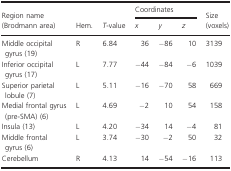
<table><thead><tr><td rowspan="2"><b>Region name (Brodmann area)</b></td><td rowspan="2"><b>Hem.</b></td><td rowspan="2"><b><i>T</i>‐value</b></td><td colspan="3"><b>Coordinates</b></td><td rowspan="2"><b>Size (voxels)</b></td></tr><tr><td><b><i>x</i></b></td><td><b><i>y</i></b></td><td><b><i>z</i></b></td></tr></thead><tbody><tr><td>Middle occipital gyrus (19)</td><td>R</td><td>6.84</td><td>36</td><td>−86</td><td>10</td><td>3139</td></tr><tr><td>Inferior occipital gyrus (17)</td><td>L</td><td>7.77</td><td>−44</td><td>−84</td><td>−6</td><td>1039</td></tr><tr><td>Superior parietal lobule (7)</td><td>L</td><td>5.11</td><td>−16</td><td>−70</td><td>58</td><td>669</td></tr><tr><td>Medial frontal gyrus (pre‐SMA) (6)</td><td>L</td><td>4.69</td><td>−2</td><td>10</td><td>54</td><td>158</td></tr><tr><td>Insula (13)</td><td>L</td><td>4.20</td><td>−34</td><td>14</td><td>−4</td><td>81</td></tr><tr><td>Middle frontal gyrus (6)</td><td>L</td><td>3.74</td><td>−30</td><td>−2</td><td>50</td><td>32</td></tr><tr><td>Cerebellum</td><td>R</td><td>4.13</td><td>14</td><td>−54</td><td>−16</td><td>113</td></tr></tbody></table>